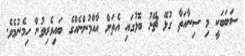
ސަބަބަކީ މި ސިނާއަތާ ގުޅޭ ޗޭނު ބޮޅުގައި އެތަށް އާއްމުންނެއްގެ ބައިވެރިވުން ހިމެނުމެވެ.